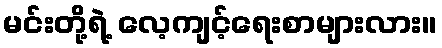
မင်းတို့ရဲ့ လေ့ကျင့်ရေးစာများလား။